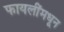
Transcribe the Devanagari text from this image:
फायलींमधून